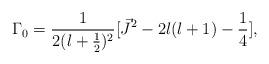
LaTeX: \begin{align*}{\Gamma}_0=\frac{1}{2(l+\frac{1}{2})^2}[\vec{J}^2-2l(l+1)-\frac{1}{4}],\end{align*}